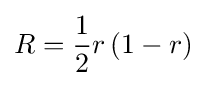
R={\frac {1}{2}}r\left(1-r\right)